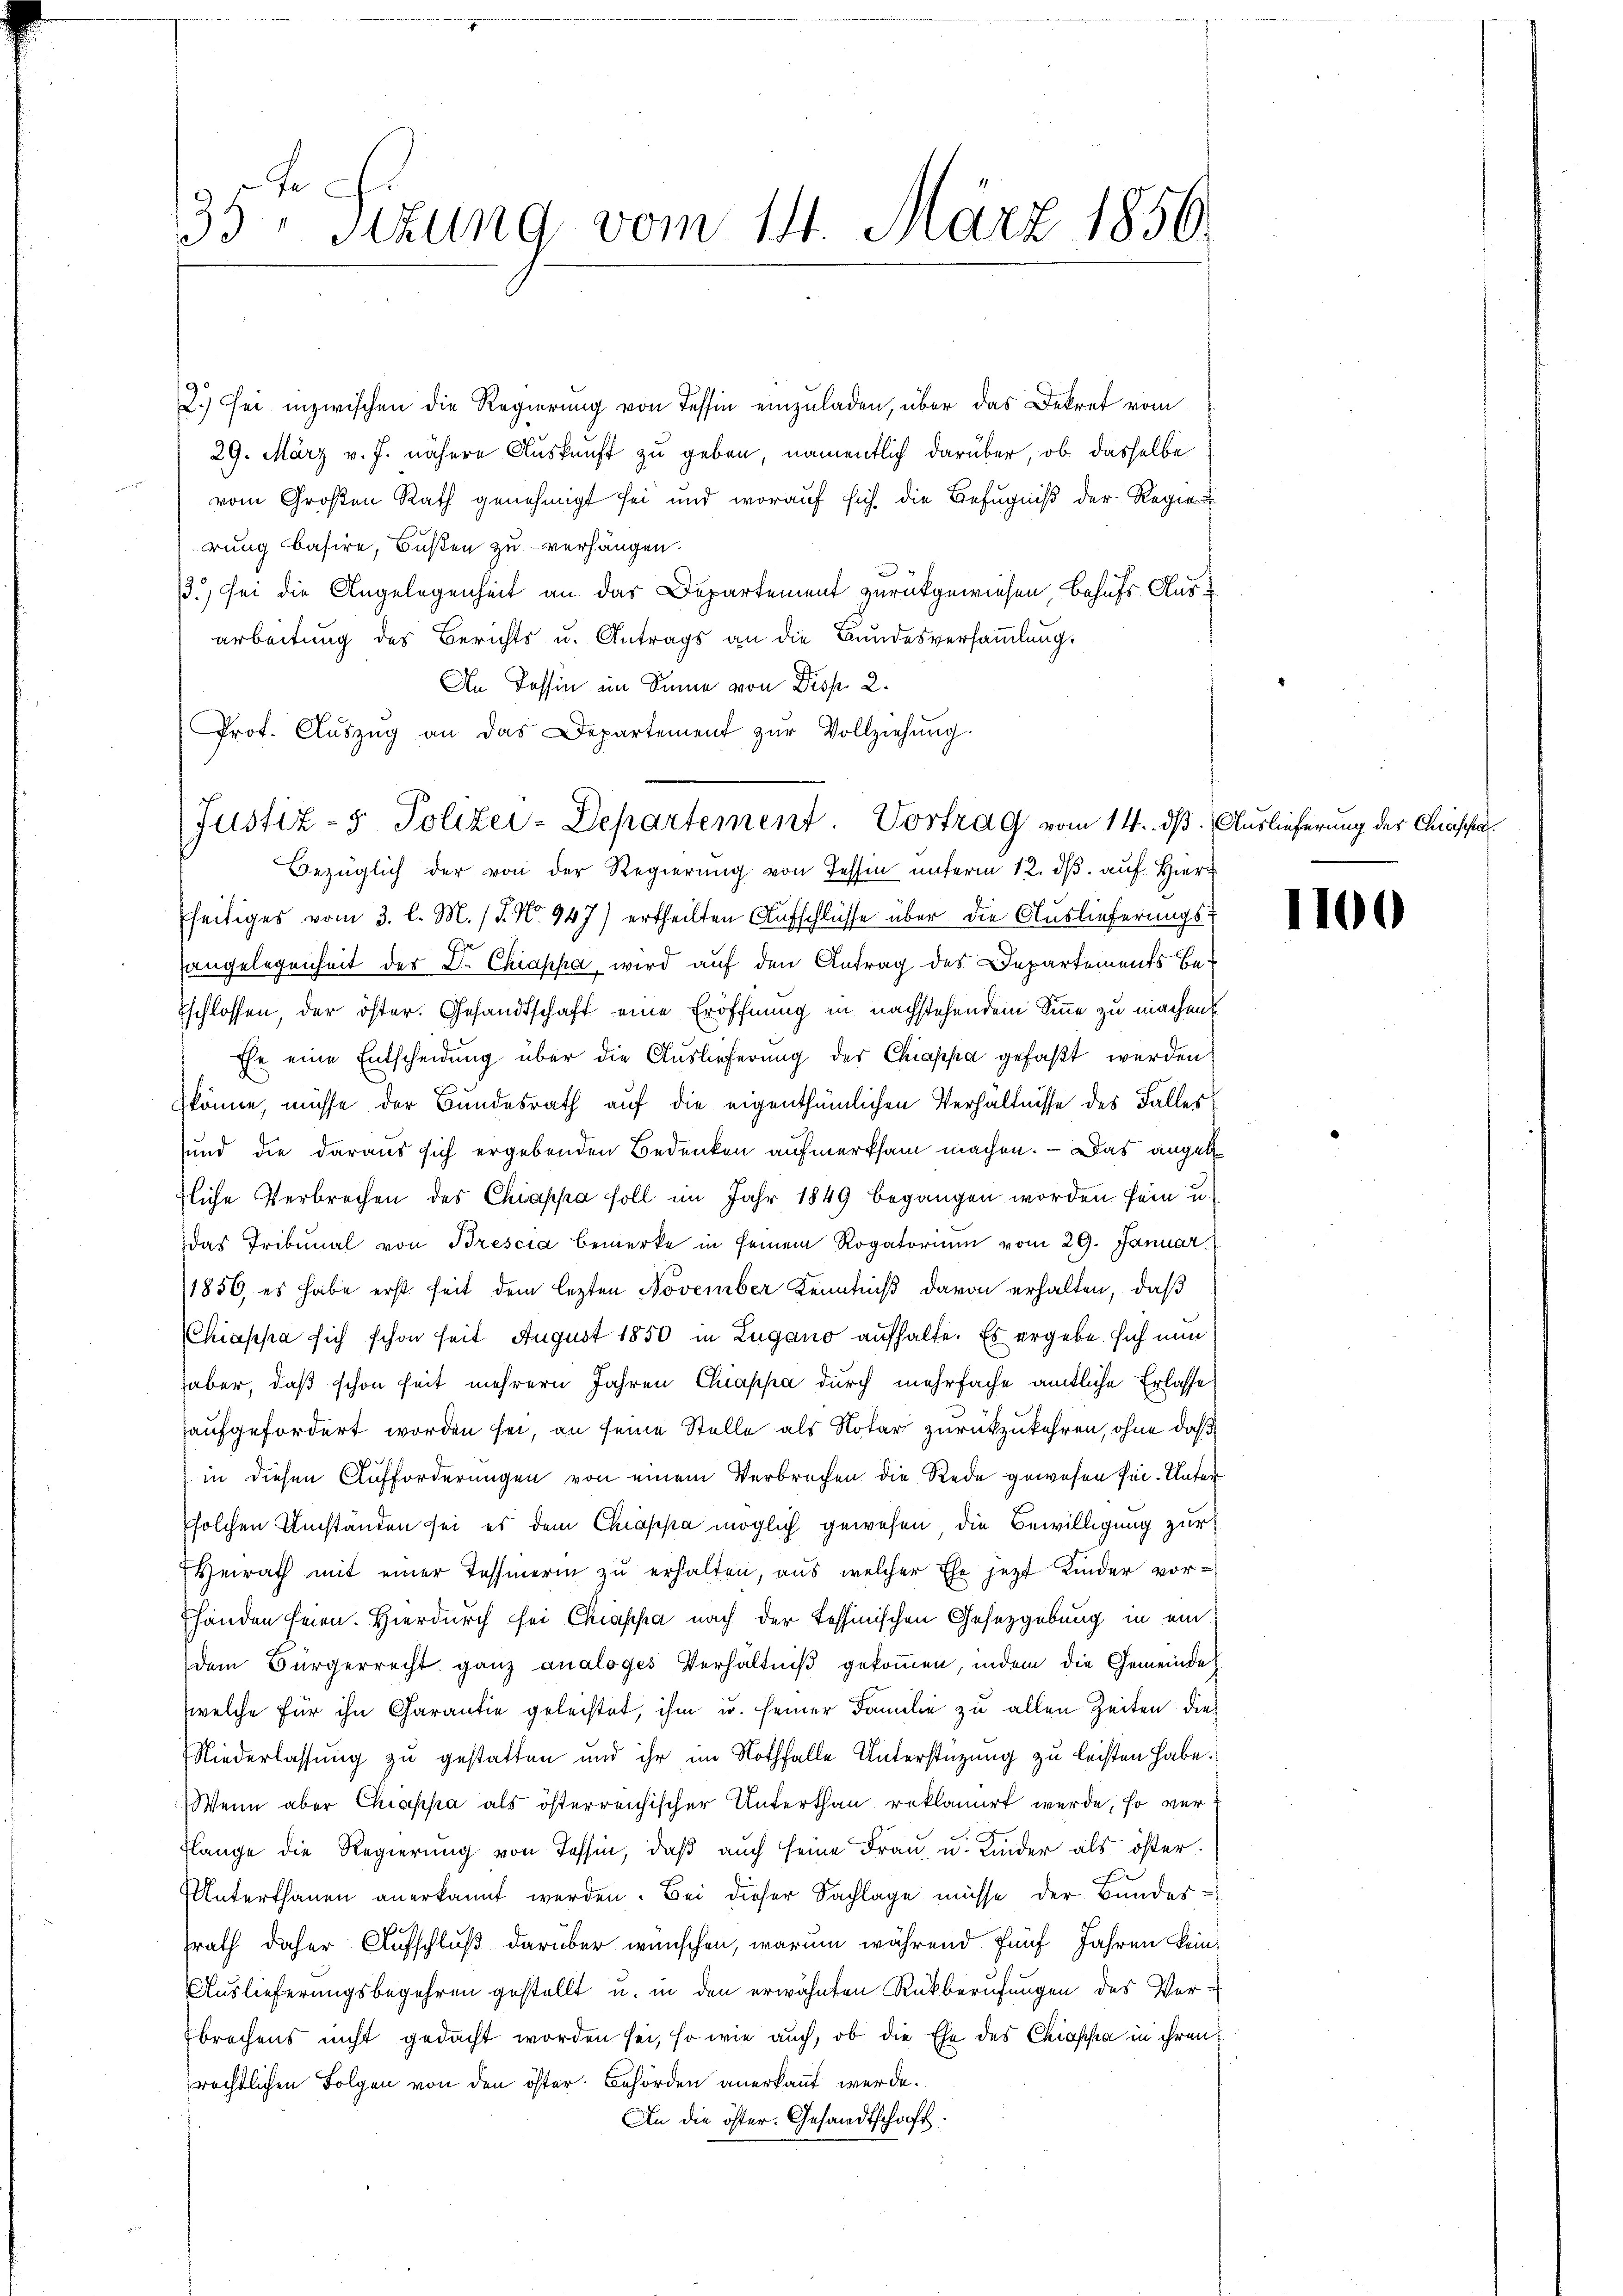
e
2.
3 sizung vom 14. März 1856.

2) sei inzwischen die Regierung von Tessin einzuladen, über das Dekret vom
29. März v. J. nähere Auskunft zu geben, namentlich darüber, ob dasselbe

vom Großen Rath genehmigt sei und worauf sich die Befugniß der Regie
rung basire, Bußen zu verhängen.
5
13.) sei die Angelegenheit an das Departement zurückgewiesen, behufs Ausarbeitung des Berichts u. Antrags an die Bundesversaṁlŭng.
An Tessin im Sinne von Disp. 2.
Prot. Aŭszŭg an das Departement zŭr Vollziehŭng.
Bezüglich der von der Regierung von Tessin unterm 12. dβ. auf Hier
seitiges vom 3. l. M. (T. No. 947) ertheilten Aufschlüsse über die Auslieferungsangelegenheit der Dr. Chiappa, wird auf den Antrag des Departements be¬
Eschlossen, der öster. Gesandtschaft eine Eröffnung in nachstehendem Sinne zu machen?
Ehe eine Entscheidung über die Auslieferung des Chiappa gefaßt werden
könne, müsse der Bundesrath auf die eigenthümlichen Verhältnisse des Falles
und die daraus sich ergebenden Bedenken aufmerksam machen. — Das angeb
fliche Verbrechen des Chiappa soll im Jahr 1849 begangen worden sein u.
das Tribunal von Brescia bemerke in seinem Rogatorium vom 29. Januar
1856, es habe erst seit dem lezten November Kenntniß davon erhalten, daß
Chiappa sich schon seit August 1850 in Zugano aufhalte. Es ergebe sich nun
haber, daß schon seit mehrern Jahren Chiassa durch mehrfache amtliche Erlasse
aufgefordert worden sei, an seine Stelle als Notar zurückzukehren, ohne daß

in diesen Aufforderungen von einem Verbrechen die Rede gewesen sei. Unter
solchen Umständen sei es dem Coppa möglich gewesen, die Bewilligung zur
Heirath mit einer Tessierin zu erhalten, aus welcher Ehe jetzt Kinder vor-
fhanden seien. Hierdurch sei Chappa nach der Tessinischen Gesetzgebung in ein
dem Bürgerrecht ganz analoges Verhältniß gekommen, indem die Gemeinde
welche für ihn Carantie geleistet, ihm u. seiner Familie zu allen Zeiten dies
Niederlassung zu gestatten und ihr im Nothfalle Unterstüzung zu leisten habe.
Wenn aber Chiappa als österreichischer Unterthan reklamirt werde, so ver¬
Flange die Regierung von Tessin, daß auch seine Frau u. Kinder als öster.
Unterthanen anerkannt werden. Bei dieser Sachlage müsse der Bundesrath daher Aufschluß darüber wünschen, warum während fünf Jahren kein
Auslieferungsbegehren gestellt u. in den erwähnten Rückberufungen des Verfbrechens nicht gedacht worden sei, so wie auch, ob die Ehe des Chiophea in ihren
rechtlichen Folgen von den öster. Behörden anerkannt werde.
An die öster. Gesandtschaft.

Justiz- & Polizei-Departement Vortrag vom 14. dß. Auslieferung der Cassa

1100